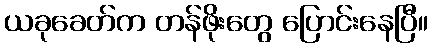
ယခုခေတ်က တန်ဖိုးတွေ ပြောင်းနေပြီ။